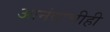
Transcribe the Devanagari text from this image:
आनंदाचीही